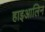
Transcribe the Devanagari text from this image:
हाइआलिन